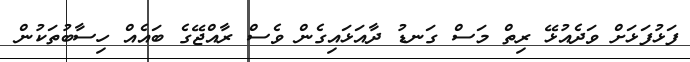
ފަޅުފަޅަށް ވަދެއުޅޭ ރިތް މަސް ގަނޑު ދާއަޅައިގެން ވެސް ރާއްޖޭގެ ބައެއް ހިސާބުތަކުން